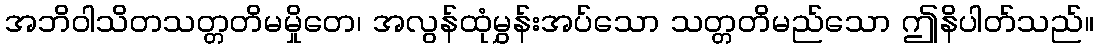
အဘိဝါသိတသတ္တတိမမှိုတေ၊ အလွန်ထုံမွှန်းအပ်သော သတ္တတိမည်သော ဤနိပါတ်သည်။